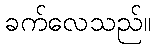
ခက်လေသည်။